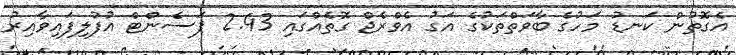
އެގޮތުން ކަނޑު މަހުގެ ބާވަތްތަކުގެ އަގު އެވްރެޖް ގޮތެއްގައި 2.43 ޕަސެންޓް އުފުލިފައިވާއިރު